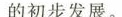
的初步发展。